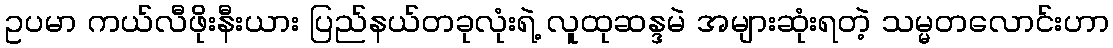
ဥပမာ ကယ်လီဖိုးနီးယား ပြည်နယ်တခုလုံးရဲ့ လူထုဆန္ဒမဲ အများဆုံးရတဲ့ သမ္မတလောင်းဟာ